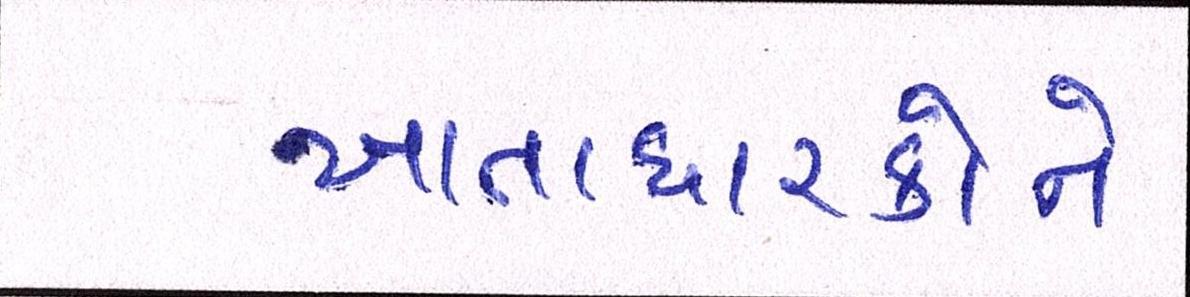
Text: ખાતાધારકોને